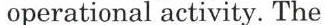
operational activity. The